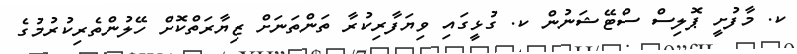
ކ. މާފުށީ ޕޮލިސް ސްޓޭޝަނުން ކ. ގުޅީގައި ވިޔަފާރިކުރާ ތަންތަނަށް ޒިޔާރަތްކޮށް ހޭލުންތެރިކުރުމުގެ